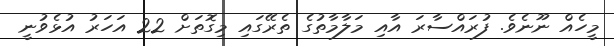
މީހެއް ނޫނެވެ. ފުރައްސާރަ އާއި މަލާމާތުގެ ތެރޭގައި މިގޮތަށް 22 އަހަރު އުޅެވުނީ